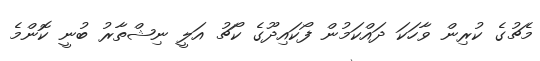
މެޗުގެ ކުރިން ވާހަކަ ދައްކަމުން ފޯކައިދޫގެ ކޯޗު އަލީ ނިޝްތާރު ބުނީ ކޮންމެ